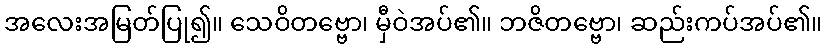
အလေးအမြတ်ပြု၍။ သေဝိတဗ္ဗော၊ မှီဝဲအပ်၏။ ဘဇိတဗ္ဗော၊ ဆည်းကပ်အပ်၏။